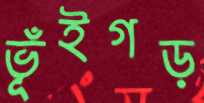
ভূঁইগড়